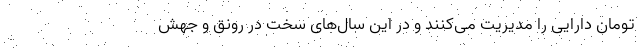
تومان دارایی را مدیریت می‌کنند و در این سال‌های سخت در رونق و جهش